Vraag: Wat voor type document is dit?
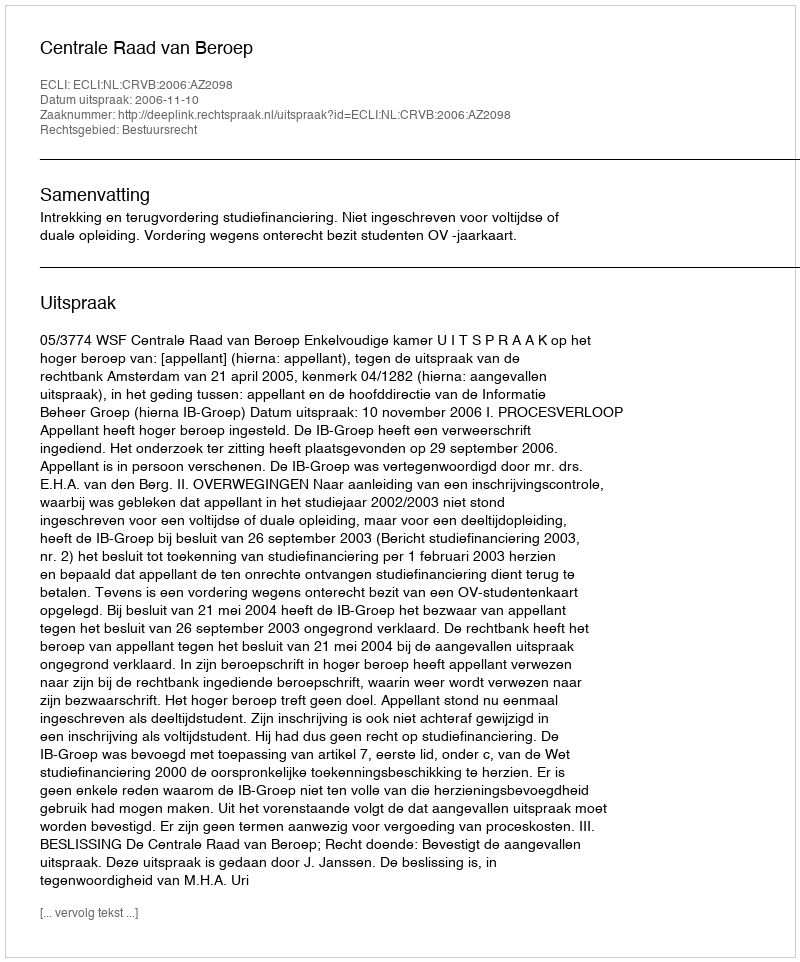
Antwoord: Uitspraak